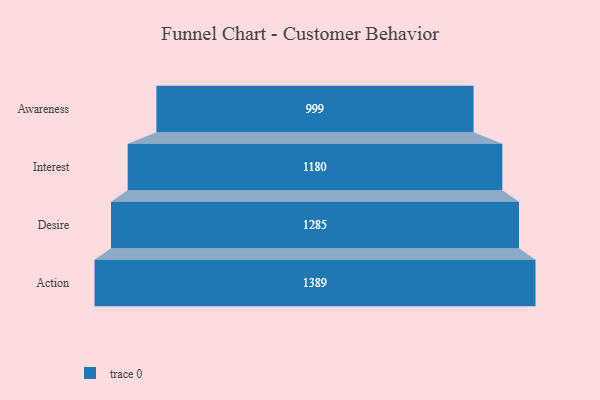
{"axis": {"x": "Stage", "y": "Value"}, "legend": [""], "data": [{"x": "Awareness", "y": 999.0, "type": ""}, {"x": "Interest", "y": 1180.0, "type": ""}, {"x": "Desire", "y": 1285.0, "type": ""}, {"x": "Action", "y": 1389.0, "type": ""}]}